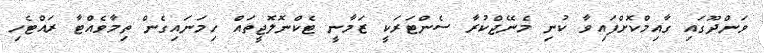
ވަންދޫގައި ގާއިމްކޮށްފައިވާ ކުނި މެނޭޖްކުރާ ސެންޓަރަކީ ޒަމާނީ ޓެކްނޮލޮޖީތައް ހިމަނައިގެން ތިމާވެއްޓާ ރައްޓެހި